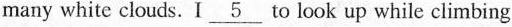
many white clouds. I \underline{5}to look up while climbing